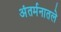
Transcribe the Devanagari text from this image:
अंतर्मनातले